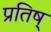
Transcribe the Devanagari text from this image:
प्रतिष्